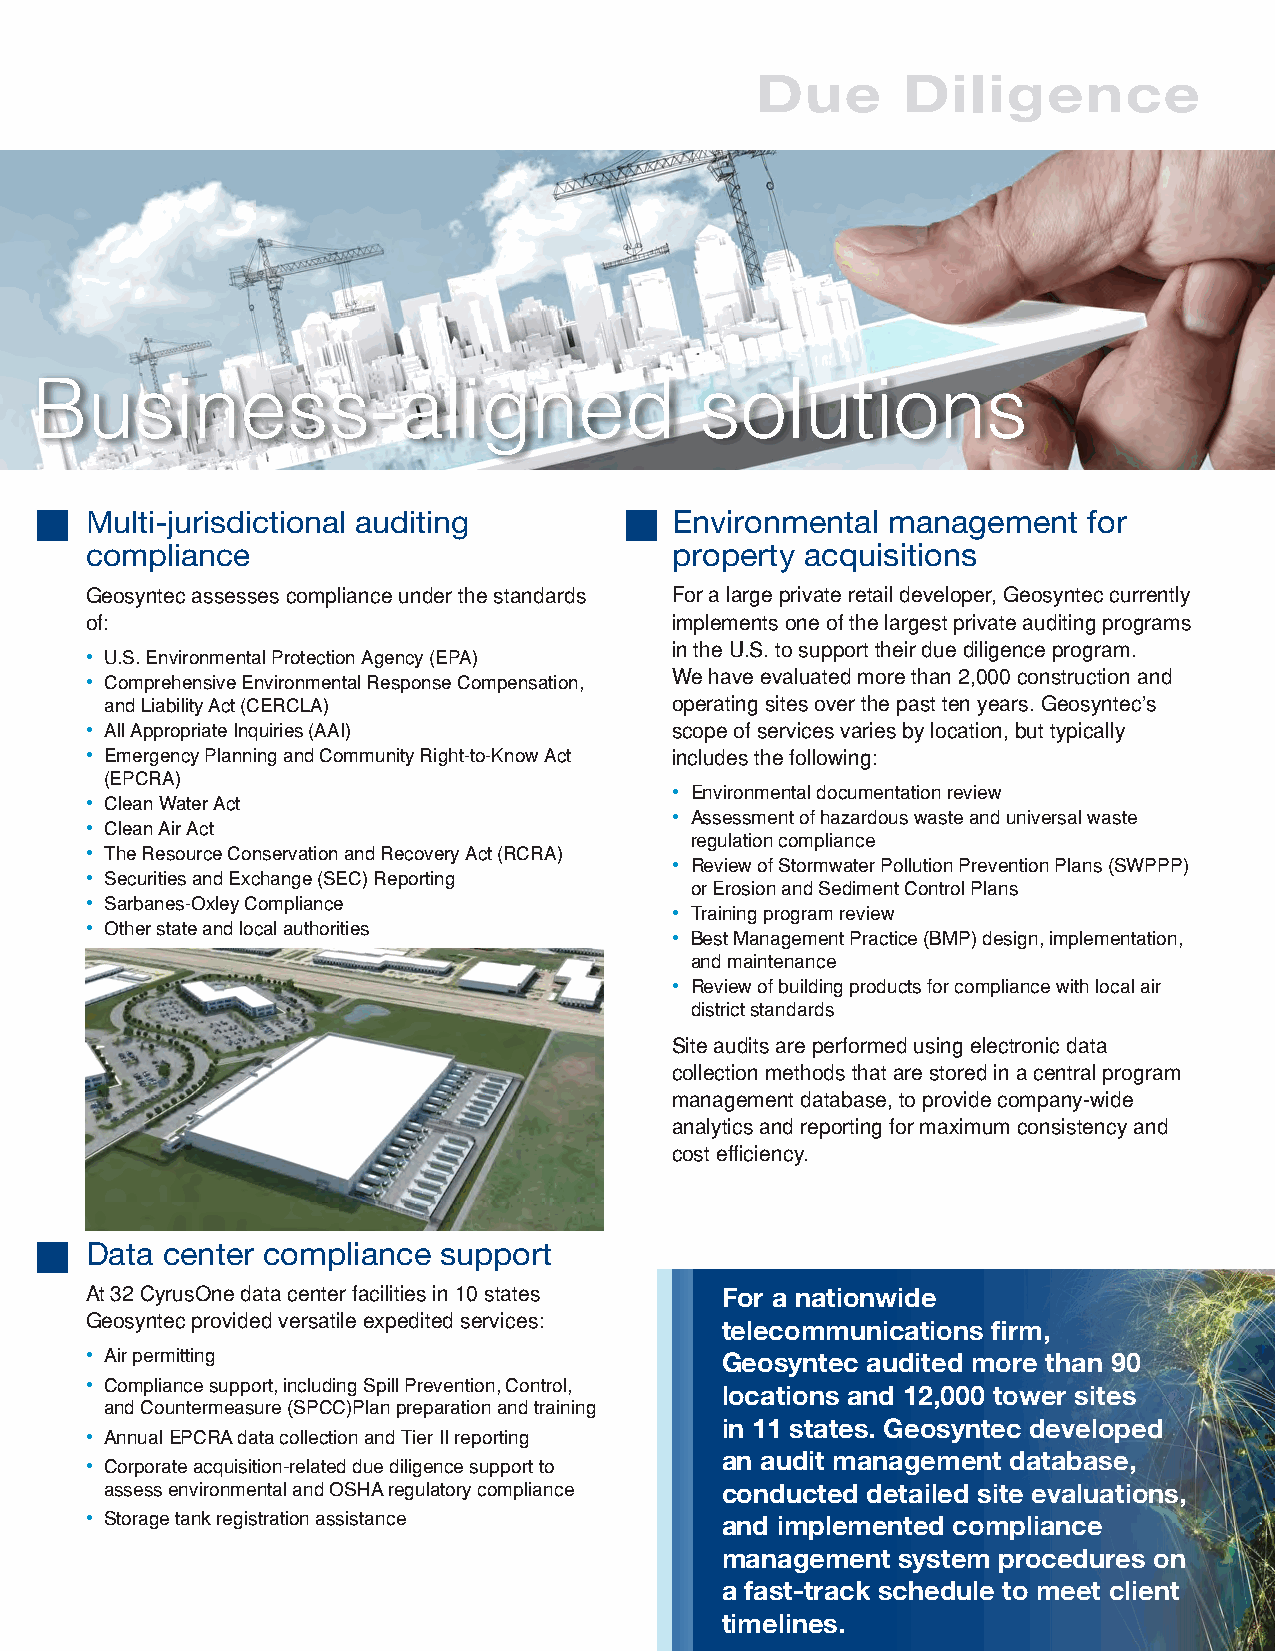
Due       Diligence
 Business-aligned                            solutions
 Multi-jurisdictional auditing         Environmental  management   for
 compliance                            property acquisitions
 Geosyntec assesses compliance under the standards For a large private retail developer, Geosyntec currently
 of:                                   implements one of the largest private auditing programs
 in the U.S. to support their due diligence program.
 • U.S. Environmental Protection Agency (EPA)
 • Comprehensive Environmental Response Compensation, We have evaluated more than 2,000 construction and
 and Liability Act (CERCLA)           operating sites over the past ten years. Geosyntec’s
 • All Appropriate Inquiries (AAI)     scope of services varies by location, but typically
 • Emergency Planning and Community Right-to-Know Act includes the following:
 (EPCRA)
 • Environmental documentation review
 • Clean Water Act
 • Assessment of hazardous waste and universal waste
 • Clean Air Act
 regulation compliance
 • The Resource Conservation and Recovery Act (RCRA)
 • Review of Stormwater Pollution Prevention Plans (SWPPP)
 • Securities and Exchange (SEC) Reporting
 or Erosion and Sediment Control Plans
 • Sarbanes-Oxley Compliance
 • Training program review
 • Other state and local authorities
 • Best Management Practice (BMP) design, implementation,
 and maintenance
 • Review of building products for compliance with local air
 district standards
 Site audits are performed using electronic data
 collection methods that are stored in a central program
 management database, to provide company-wide
 analytics and reporting for maximum consistency and
 cost efficiency.
 Data center compliance support
 At 32 CyrusOne data center facilities in 10 states For a nationwide
 Geosyntec provided versatile expedited services:
 telecommunications firm,
 • Air permitting                          Geosyntec audited more than 90
 • Compliance support, including Spill Prevention, Control,
 locations and 12,000 tower sites
 and Countermeasure (SPCC)Plan preparation and training
 in 11 states. Geosyntec developed
 • Annual EPCRA data collection and Tier II reporting
 an audit management database,
 • Corporate acquisition-related due diligence support to
 assess environmental and OSHA regulatory compliance conducted detailed site evaluations,
 • Storage tank registration assistance    and implemented compliance
 management  system procedures on
 a fast-track schedule to meet client
 timelines.